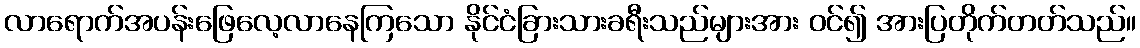
လာရောက်အပန်းဖြေလေ့လာနေကြသော နိုင်ငံခြားသားခရီးသည်များအား ဝင်၍ အားပြတိုက်တတ်သည်။